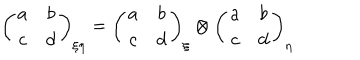
LaTeX: \left( \begin{array} { c c } { { a } } & { { b } } \\ { { c } } & { { d } } \\ \end{array} \right) _ { \xi \eta } = \left( \begin{array} { c c } { { a } } & { { b } } \\ { { c } } & { { d } } \\ \end{array} \right) _ { \xi } \otimes \left( \begin{array} { c c } { { a } } & { { b } } \\ { { c } } & { { d } } \\ \end{array} \right) _ { \eta }